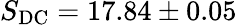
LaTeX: S_{\mathrm{DC}}=17.84\pm 0.05